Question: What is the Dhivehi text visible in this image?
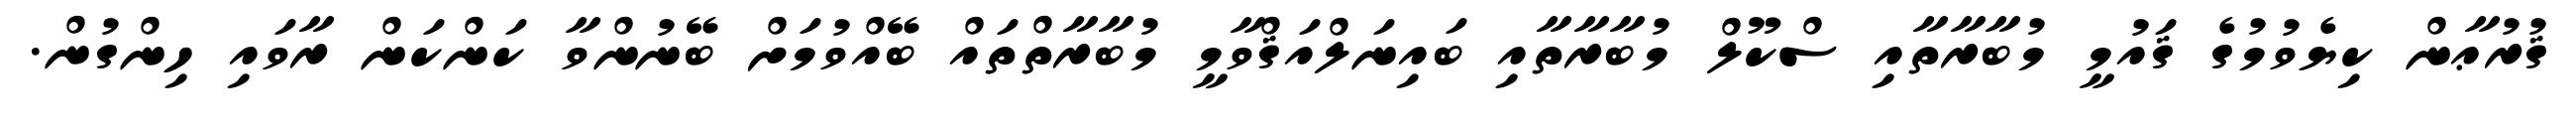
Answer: ޤުރުޢާން ކިޔެވުމުގެ ޤައުމީ މުބާރާތާއި ސްކޫލް މުބާރާތާއި ބައިނަލްއަޤްވާމީ މުބާރާތްތައް ބޭއްވުމަށް ބޭނުންވާ ކަންކަން ރާވައި ހިންގުން.